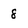
Character: 8